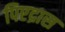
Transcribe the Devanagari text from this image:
पिएद्रास